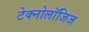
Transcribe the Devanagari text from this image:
टेक्नोलॉजिज